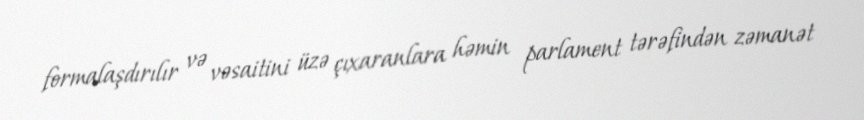
formalaşdırılır və vəsaitini üzə çıxaranlara həmin parlament tərəfindən zəmanət